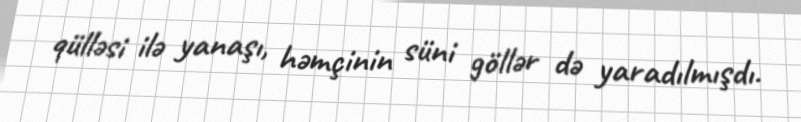
qülləsi ilə yanaşı, həmçinin süni göllər də yaradılmışdı.